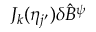
J _ { k } ( \eta _ { j ^ { \prime } } ) \delta \hat { B } ^ { \psi }